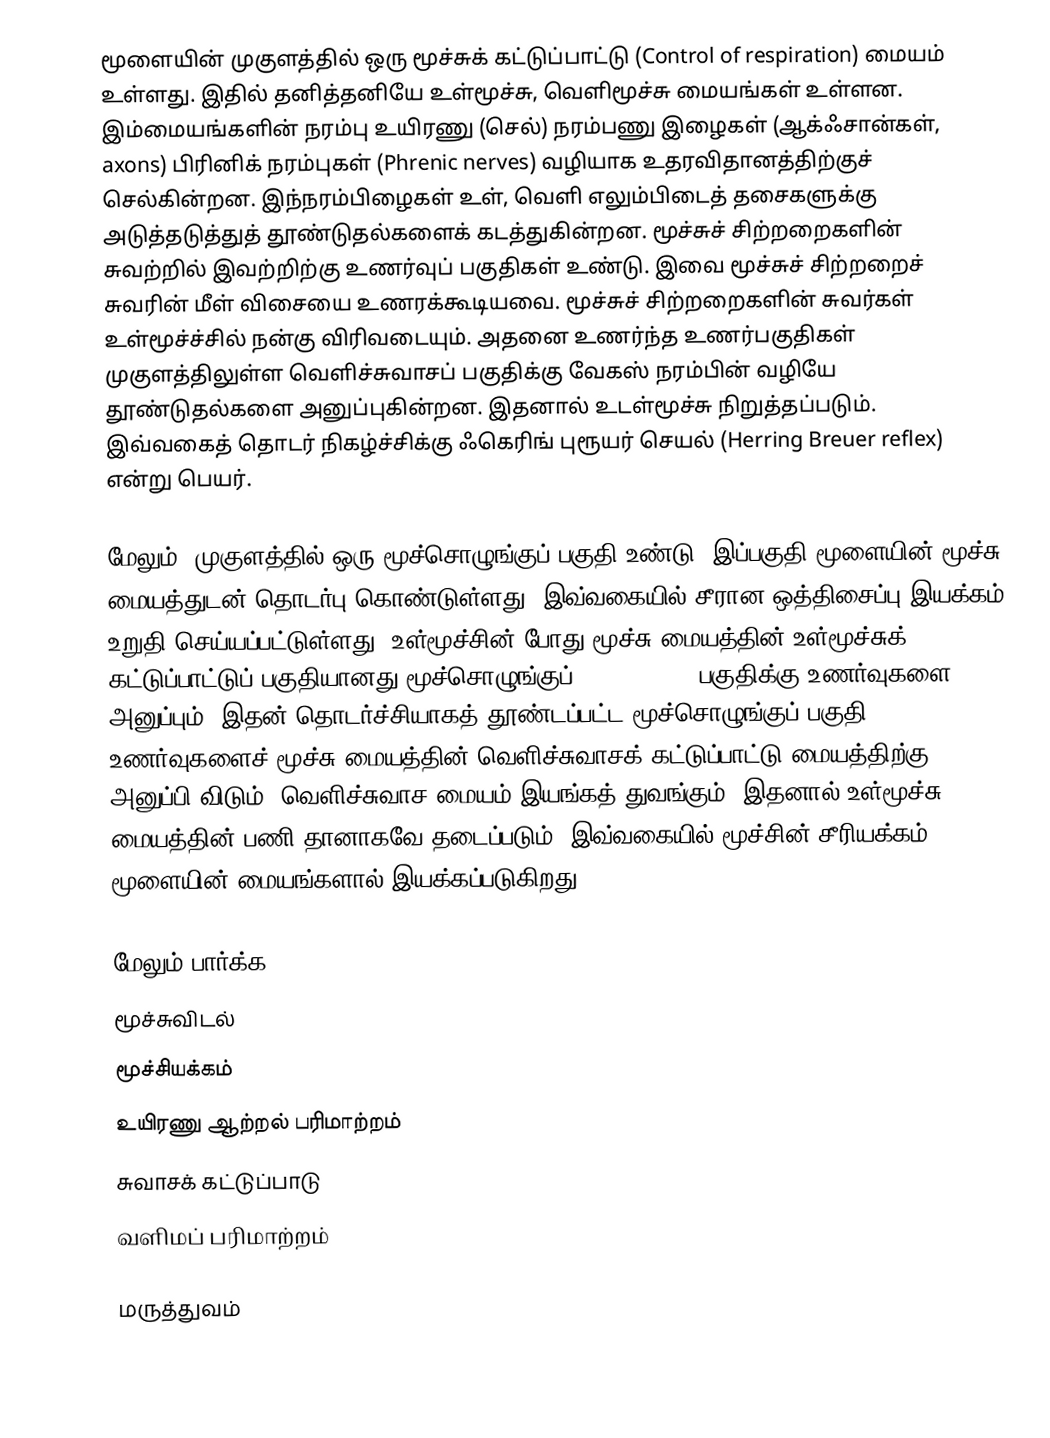
மூளையின் முகுளத்தில் ஒரு மூச்சுக் கட்டுப்பாட்டு (Control of respiration) மையம் உள்ளது. இதில் தனித்தனியே உள்மூச்சு, வெளிமூச்சு மையங்கள் உள்ளன. இம்மையங்களின் நரம்பு உயிரணு (செல்) நரம்பணு இழைகள் (ஆக்ஃசான்கள், axons)  பிரினிக் நரம்புகள் (Phrenic nerves) வழியாக உதரவிதானத்திற்குச் செல்கின்றன. இந்நரம்பிழைகள் உள், வெளி எலும்பிடைத் தசைகளுக்கு அடுத்தடுத்துத் தூண்டுதல்களைக் கடத்துகின்றன. மூச்சுச் சிற்றறைகளின் சுவற்றில் இவற்றிற்கு உணர்வுப் பகுதிகள் உண்டு. இவை மூச்சுச் சிற்றறைச் சுவரின் மீள் விசையை உணரக்கூடியவை. மூச்சுச் சிற்றறைகளின் சுவர்கள் உள்மூச்ச்சில் நன்கு விரிவடையும். அதனை உணர்ந்த உணர்பகுதிகள் முகுளத்திலுள்ள வெளிச்சுவாசப் பகுதிக்கு வேகஸ் நரம்பின் வழியே தூண்டுதல்களை அனுப்புகின்றன. இதனால் உடள்மூச்சு நிறுத்தப்படும். இவ்வகைத் தொடர் நிகழ்ச்சிக்கு ஃகெரிங்  புரூயர் செயல் (Herring Breuer reflex) என்று பெயர்.

மேலும், முகுளத்தில் ஒரு மூச்சொழுங்குப் பகுதி உண்டு. இப்பகுதி மூளையின் மூச்சு மையத்துடன் தொடர்பு கொண்டுள்ளது. இவ்வகையில் சீரான ஒத்திசைப்பு இயக்கம் உறுதி செய்யப்பட்டுள்ளது. உள்மூச்சின் போது மூச்சு மையத்தின் உள்மூச்சுக் கட்டுப்பாட்டுப் பகுதியானது மூச்சொழுங்குப்(Pneumotaxic) பகுதிக்கு உணர்வுகளை அனுப்பும். இதன் தொடர்ச்சியாகத் தூண்டப்பட்ட மூச்சொழுங்குப் பகுதி உணர்வுகளைச் மூச்சு மையத்தின் வெளிச்சுவாசக் கட்டுப்பாட்டு மையத்திற்கு அனுப்பி விடும். வெளிச்சுவாச மையம் இயங்கத் துவங்கும். இதனால் உள்மூச்சு மையத்தின் பணி தானாகவே தடைப்படும். இவ்வகையில் மூச்சின் சீரியக்கம் மூளையின் மையங்களால் இயக்கப்படுகிறது.

மேலும் பார்க்க
 மூச்சுவிடல்
 மூச்சியக்கம்
 உயிரணு ஆற்றல் பரிமாற்றம்
 சுவாசக் கட்டுப்பாடு
 வளிமப் பரிமாற்றம்

மருத்துவம்